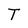
Character: T